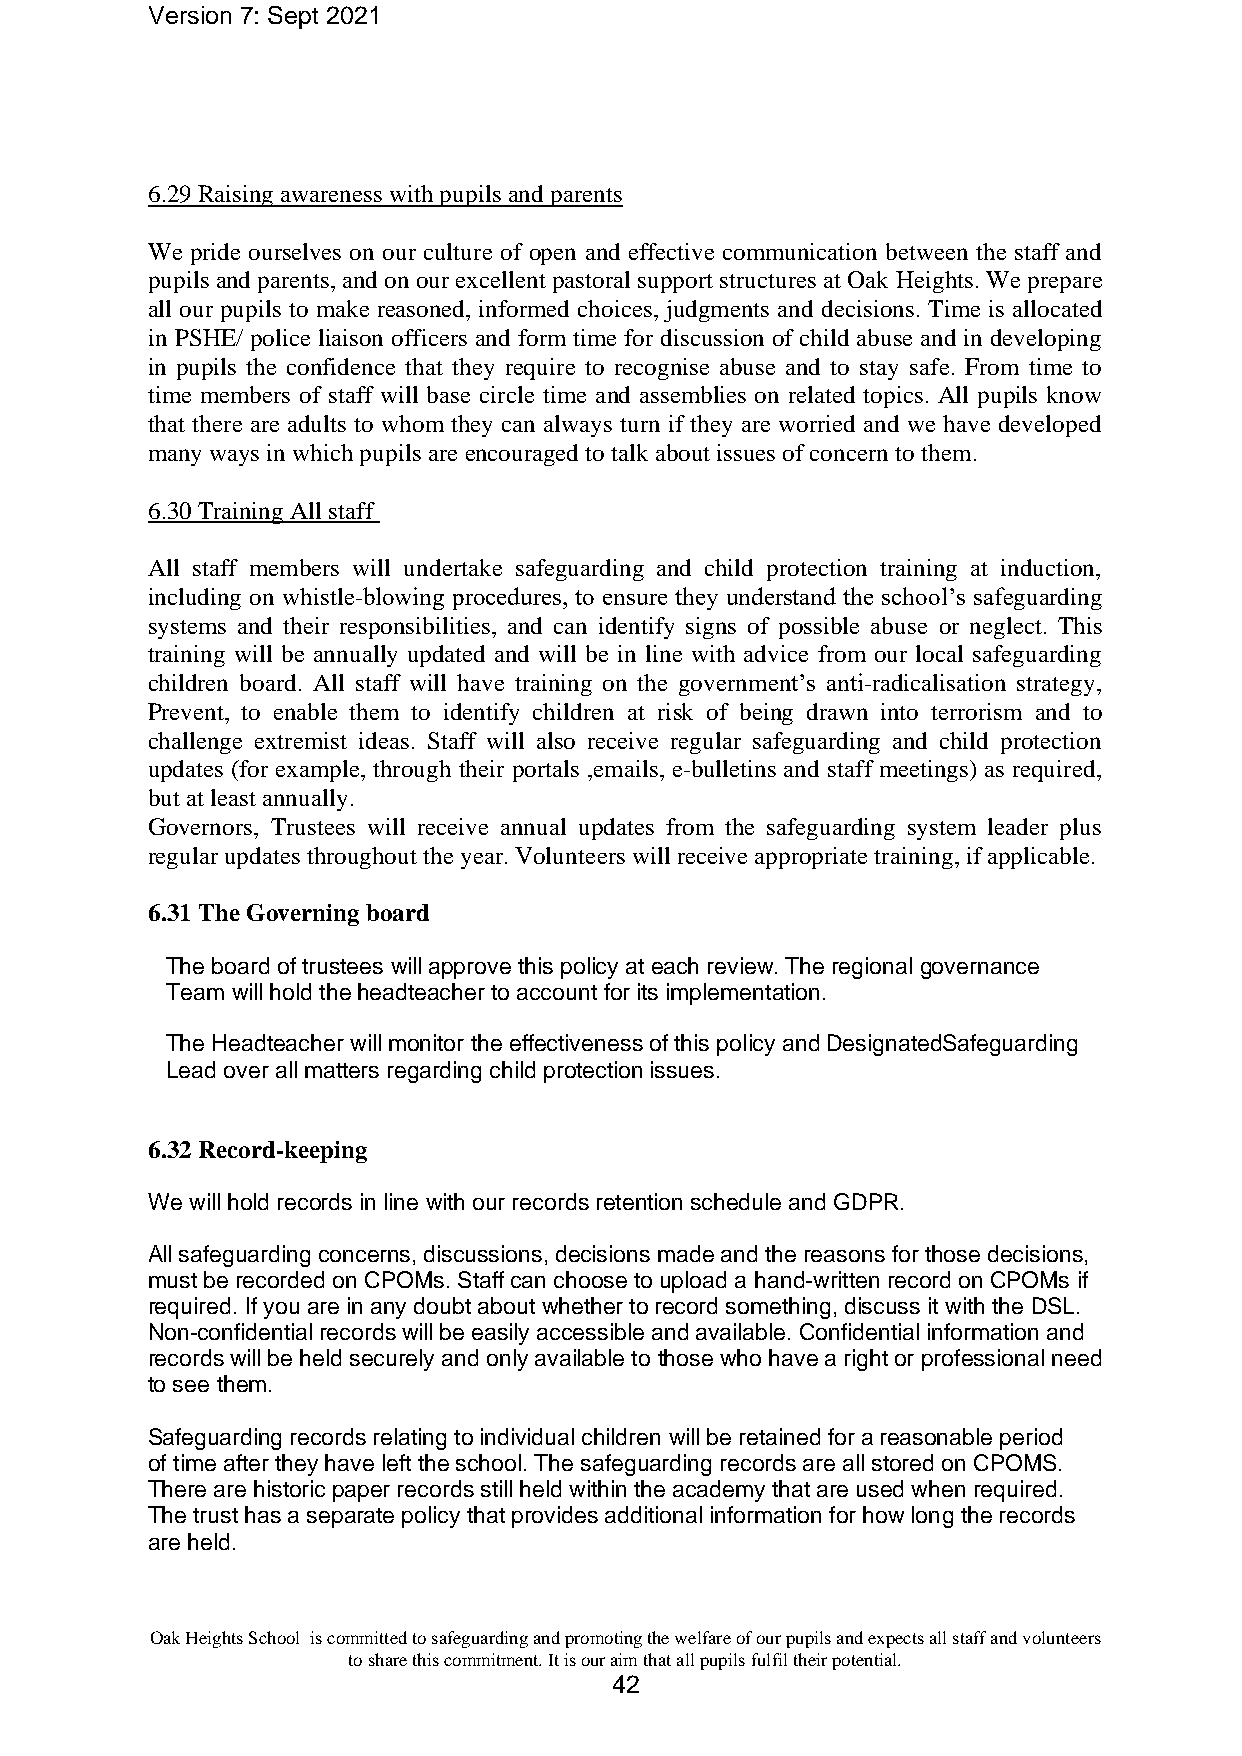
Version 7: Sept 2021
 6.29 Raising awareness with pupils and parents
 We pride ourselves on our culture of open and effective communication between the staff and
 pupils and parents, and on our excellent pastoral support structures at Oak Heights. We prepare
 all our pupils to make reasoned, informed choices, judgments and decisions. Time is allocated
 in PSHE/ police liaison officers and form time for discussion of child abuse and in developing
 in pupils the confidence that they require to recognise abuse and to stay safe. From time to
 time members of staff will base circle time and assemblies on related topics. All pupils know
 that there are adults to whom they can always turn if they are worried and we have developed
 many ways in which pupils are encouraged to talk about issues of concern to them.
 6.30 Training All staff
 All staff members will undertake safeguarding and child protection training at induction,
 including on whistle-blowing procedures, to ensure they understand the school’s safeguarding
 systems and their responsibilities, and can identify signs of possible abuse or neglect. This
 training will be annually updated and will be in line with advice from our local safeguarding
 children board. All staff will have training on the government’s anti-radicalisation strategy,
 Prevent, to enable them to identify children at risk of being drawn into terrorism and to
 challenge extremist ideas. Staff will also receive regular safeguarding and child protection
 updates (for example, through their portals ,emails, e-bulletins and staff meetings) as required,
 but at least annually.
 Governors, Trustees will receive annual updates from the safeguarding system leader plus
 regular updates throughout the year. Volunteers will receive appropriate training, if applicable.
 6.31 The Governing board
 The board of trustees will approve this policy at each review. The regional governance
 Team will hold the headteacher to account for its implementation.
 The Headteacher will monitor the effectiveness of this policy and DesignatedSafeguarding
 Lead over all matters regarding child protection issues.
 6.32 Record-keeping
 We will hold records in line with our records retention schedule and GDPR.
 All safeguarding concerns, discussions, decisions made and the reasons for those decisions,
 must be recorded on CPOMs. Staff can choose to upload a hand-written record on CPOMs if
 required. If you are in any doubt about whether to record something, discuss it with the DSL.
 Non-confidential records will be easily accessible and available. Confidential information and
 records will be held securely and only available to those who have a right or professional need
 to see them.
 Safeguarding records relating to individual children will be retained for a reasonable period
 of time after they have left the school. The safeguarding records are all stored on CPOMS.
 There are historic paper records still held within the academy that are used when required.
 The trust has a separate policy that provides additional information for how long the records
 are held.
 Oak Heights School is committed to safeguarding and promoting the welfare of our pupils and expects all staff and volunteers
 to share this commitment. It is our aim that all pupils fulfil their potential.
 42